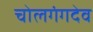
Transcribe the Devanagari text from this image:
चोलगंगदेव